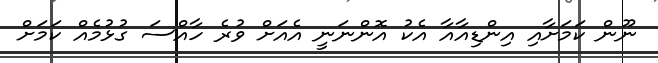
ނޫން ކަމަށާއި އިންޑިއާއާ އެކު އޮންނަނީ އެއަށް ވުރެ ހާއްސަ ގުޅުމެއް ކަމަށް